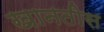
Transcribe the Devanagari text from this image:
खानतीस